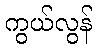
ကွယ်လွန်